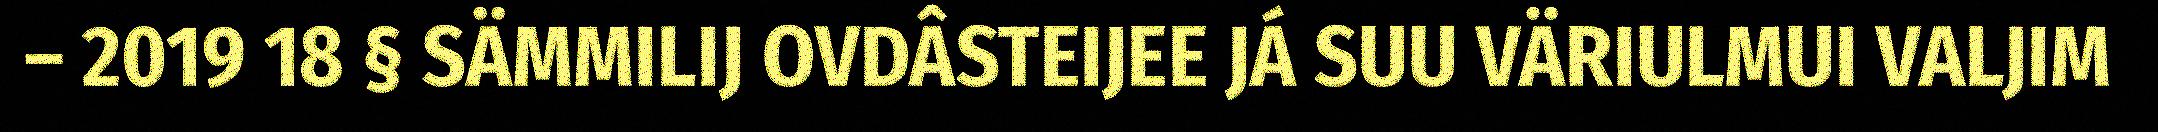
– 2019 18 § SÄMMILIJ OVDÂSTEIJEE JÁ SUU VÄRIULMUI VALJIM